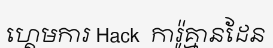
ហ្គេមការ Hack  ការ៉ូគ្មានដែន